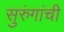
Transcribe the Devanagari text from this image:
सुरुंगांची